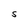
Character: S